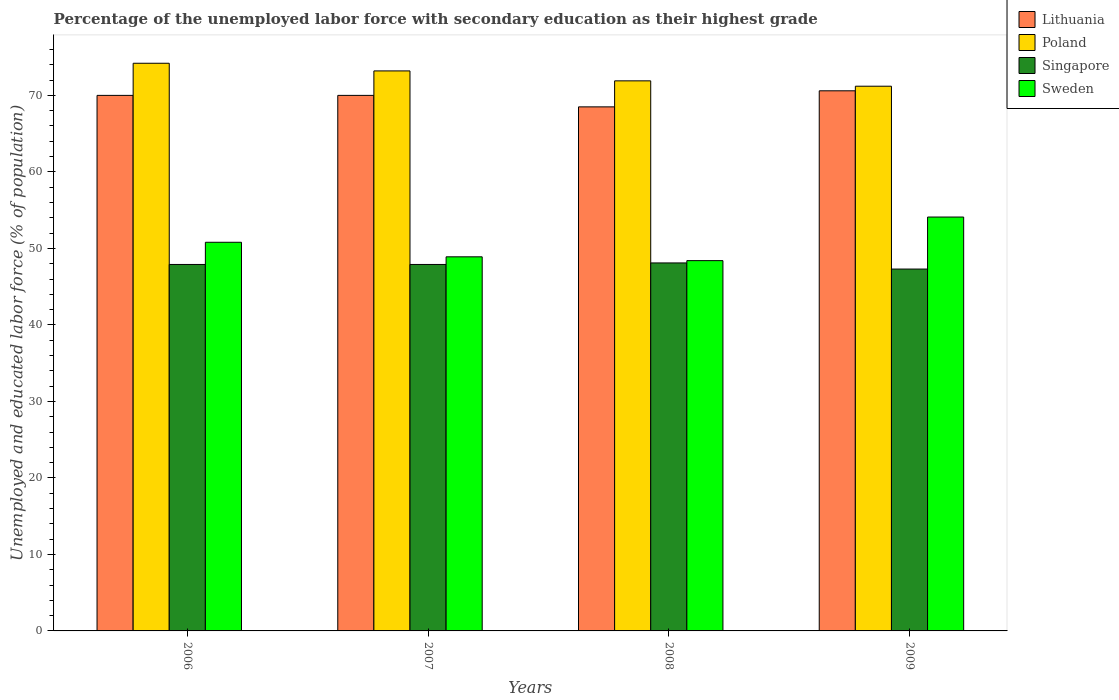
| Years | Lithuania | Poland | Singapore | Sweden |
 | --- | --- | --- | --- | --- |
 | 2006 | 70 | 74.2 | 47.9 | 50.8 |
 | 2007 | 70 | 73.2 | 47.9 | 48.9 |
 | 2008 | 68.5 | 71.9 | 48.1 | 48.4 |
 | 2009 | 70.6 | 71.2 | 47.3 | 54.1 |